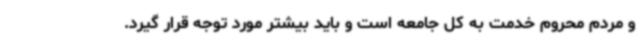
و مردم محروم خدمت به کل جامعه است و باید بیشتر مورد توجه قرار گیرد.